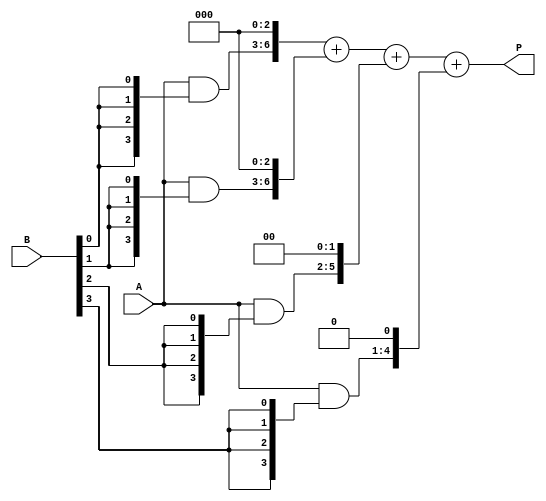
module array_multiplier #(parameter N = 4, M = 4) (
    input [N-1:0] A,         // First operand
    input [M-1:0] B,         // Second operand
    output [N+M-1:0] P       // Product output
);

    // Declare partial products
    wire [N-1:0] partial_product[M-1:0];

    // Generate partial products
    genvar i, j;
    generate
        for (i = 0; i < M; i = i + 1) begin : partial_products
            assign partial_product[i] = A & {N{B[i]}};
        end
    endgenerate

    // Sum the partial products
    wire [N+M-1:0] sum [M-1:0];
    assign sum[0] = {partial_product[0], {M-1{1'b0}}}; // First partial product

    generate
        for (j = 1; j < M; j = j + 1) begin : adder_tree
            assign sum[j] = sum[j-1] + {partial_product[j], {M-j{1'b0}}}; // Shift and add
        end
    endgenerate

    // Final product output
    assign P = sum[M-1];

endmodule